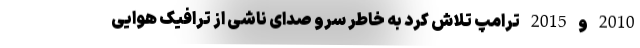
2010 و 2015 ترامپ تلاش کرد به خاطر سرو صدای ناشی از ترافیک هوایی